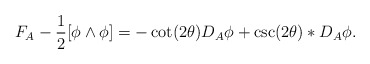
\begin{align*}F_A-\frac{1}{2}[\phi\wedge\phi]=-\cot(2\theta)D_A\phi+\csc(2\theta)*D_A\phi.\end{align*}